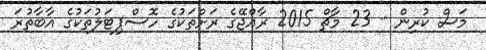
މަސް ކުރިން - 23 މާޗް 2015 ރާއްޖޭގެ ރަށްތަކުގެ ހޮސްޕިޓަލުތަކުގެ އާބާތުރަ